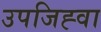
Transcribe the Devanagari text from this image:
उपजिह्वा